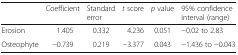
<table><thead><tr><td></td><td><b>Coefficient</b></td><td><b>Standard error</b></td><td><b><i>t</i> score</b></td><td><b><i>p</i> value</b></td><td><b>95% confidence interval (range)</b></td></tr></thead><tbody><tr><td>Erosion</td><td>1.405</td><td>0.332</td><td>4.236</td><td>0.051</td><td>−0.02 to 2.83</td></tr><tr><td>Osteophyte</td><td>−0.739</td><td>0.219</td><td>−3.377</td><td>0.043</td><td>−1.436 to −0.043</td></tr></tbody></table>